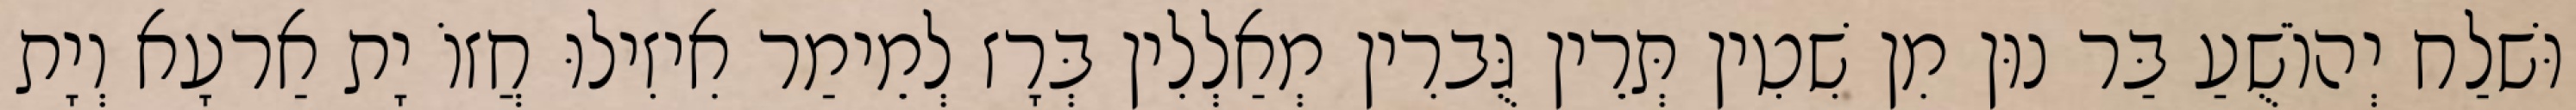
וּשׁלַח יְהוֹשֻׁעַ בַּר נוּן מִן שִׁטִין תְּרֵין גֻּברִין מְאַלְלִין בְּרָז לְמֵימַר אִיזִילוּ חֲזוֹ יָת אַרעָא וְיָת